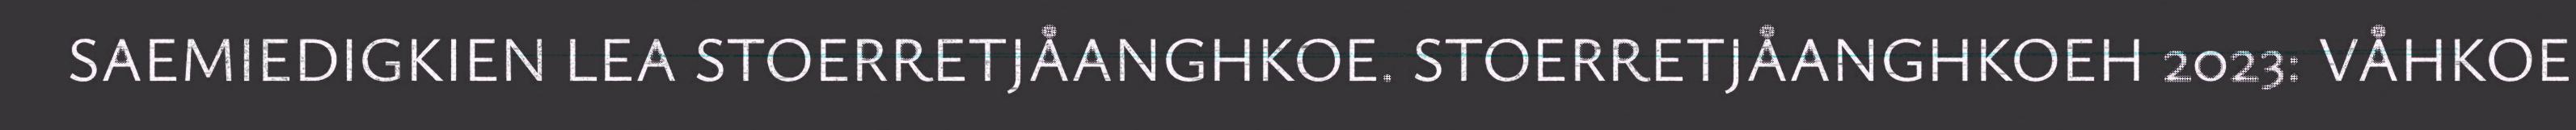
SAEMIEDIGKIEN LEA STOERRETJÅANGHKOE. STOERRETJÅANGHKOEH 2023: VÅHKOE